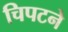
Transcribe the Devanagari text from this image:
चिपटने